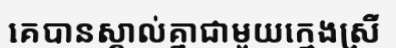
គេបានស្គាល់គ្នាជាមួយក្មេងស្រី